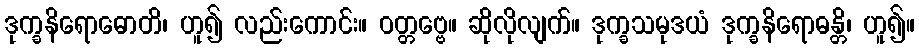
ဒုက္ခနိရောဓောတိ၊ ဟူ၍ လည်းကောင်း။ ဝတ္တဗ္ဗေ။ ဆိုလိုလျက်။ ဒုက္ခသမုဒယံ ဒုက္ခနိရောဓန္တိ၊ ဟူ၍။